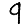
Digit: 9